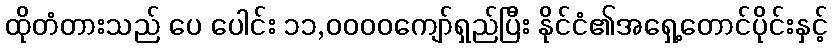
ထိုတံတားသည် ပေ ပေါင်း ၁၁,၀၀၀၀ကျော်ရှည်ပြီး နိုင်ငံ၏အရှေ့တောင်ပိုင်းနှင့်